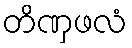
တိဏှဖလံ